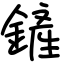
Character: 鏟